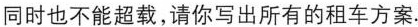
同时也不能超载，请你写出所有的租车方案.